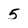
Character: 5